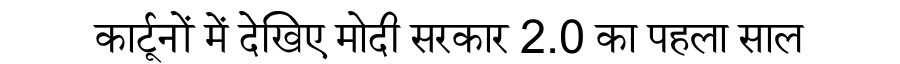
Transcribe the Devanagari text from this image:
कार्टूनों में देखिए मोदी सरकार 2.0 का पहला साल